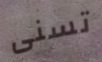
تسنى